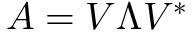
A = V \Lambda V ^ { * }